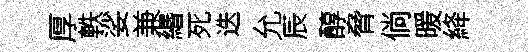
厚軼娑兼緡死迭允辰醇脅倘暖絳